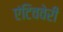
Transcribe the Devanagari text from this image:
एंटिववेरी